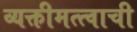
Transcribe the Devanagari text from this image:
व्यक्तीमत्त्वाची